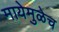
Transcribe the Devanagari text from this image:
मायेमुळेच